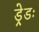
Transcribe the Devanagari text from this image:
ड्रेडः